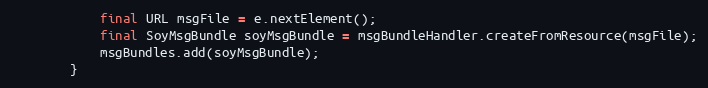
Language: Java
            final URL msgFile = e.nextElement();
            final SoyMsgBundle soyMsgBundle = msgBundleHandler.createFromResource(msgFile);
            msgBundles.add(soyMsgBundle);
        }